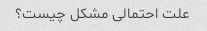
علت احتمالی مشکل چیست؟